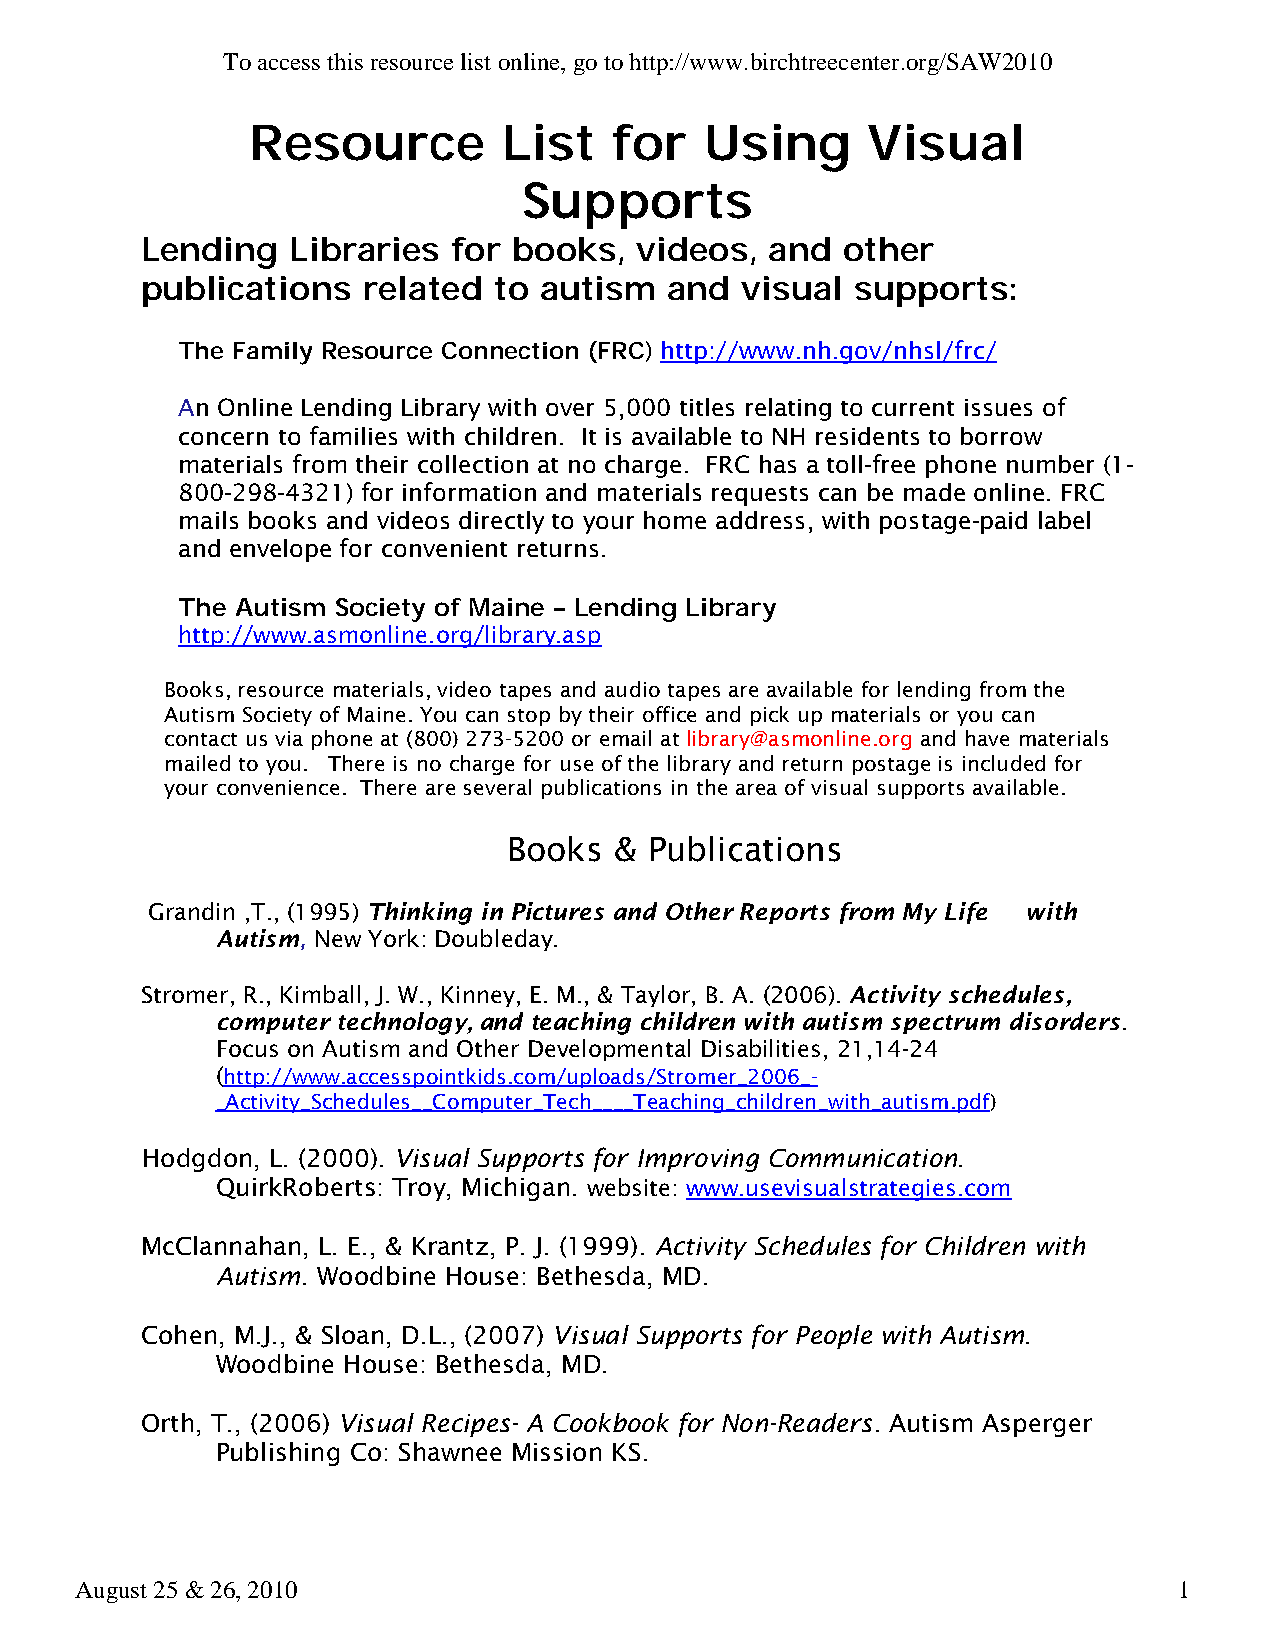
To access this resource list online, go to http://www.birchtreecenter.org/SAW2010
 Resource        List    for   Using     Visual
 Supports
 Lending   Libraries  for books,  videos,  and  other
 publications   related  to autism  and  visual  supports:
 ) http://www.nh.gov/nhsl/frc/
 The Family Resource Connection (FRC
 An Online Lending Library with over 5,000 titles relating to current issues of
 concern to families with children. It is available to NH residents to borrow
 materials from their collection at no charge. FRC has a toll-free phone number (1-
 800-298-4321) for information and materials requests can be made online. FRC
 mails books and videos directly to your home address, with postage-paid label
 and envelope for convenient returns.
 The Autism Society of Maine – Lending Library
 http://www.asmonline.org/library.asp
 Books, resource materials, video tapes and audio tapes are available for lending from the
 Autism Society of Maine. You can stop by their office and pick up materials or you can
 contact us via phone at (800) 273-5200 or email at library@asmonline.org and have materials
 mailed to you. There is no charge for use of the library and return postage is included for
 your convenience. There are several publications in the area of visual supports available.
 Books  & Publications
 Grandin ,T., (1995) Thinking in Pictures and Other Reports from My Life with
 Autism, New York: Doubleday.
 Stromer, R., Kimball, J. W., Kinney, E. M., & Taylor, B. A. (2006). Activity schedules,
 computer technology, and teaching children with autism spectrum disorders.
 Focus on Autism and Other Developmental Disabilities, 21,14-24
 (http://www.accesspointkids.com/uploads/Stromer_2006_-
 _Activity_Schedules__Computer_Tech____Teaching_children_with_autism.pdf)
 Hodgdon, L. (2000). Visual Supports for Improving Communication.
 QuirkRoberts: Troy, Michigan. website: www.usevisualstrategies.com
 McClannahan, L. E., & Krantz, P. J. (1999). Activity Schedules for Children with
 Autism. Woodbine House: Bethesda, MD.
 Cohen, M.J., & Sloan, D.L., (2007) Visual Supports for People with Autism.
 Woodbine House: Bethesda, MD.
 Orth, T., (2006) Visual Recipes- A Cookbook for Non-Readers. Autism Asperger
 Publishing Co: Shawnee Mission KS.
 August 25 & 26, 2010                                                     1